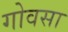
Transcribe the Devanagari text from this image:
गोवसा